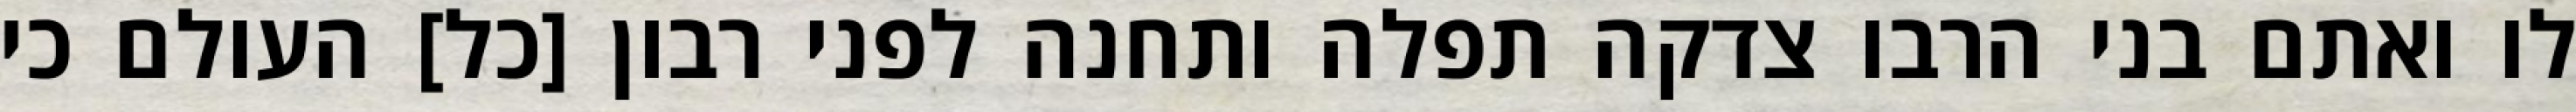
לו ואתם בני הרבו צדקה תפלה ותחנה לפני רבון [כל] העולם כי